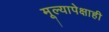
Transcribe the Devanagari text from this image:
मूल्यापेक्षाही